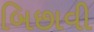
બિછાવી